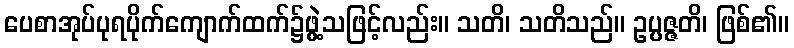
ပေစာအုပ်ပုရပိုက်ကျောက်ထက်၌ဖွဲ့သဖြင့်လည်း။ သတိ၊ သတိသည်။ ဥပ္ပဇ္ဇတိ၊ ဖြစ်၏။